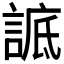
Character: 𧨱